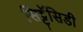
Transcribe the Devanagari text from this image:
सिट्टॅसिडी